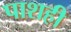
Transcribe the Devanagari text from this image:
पाशही